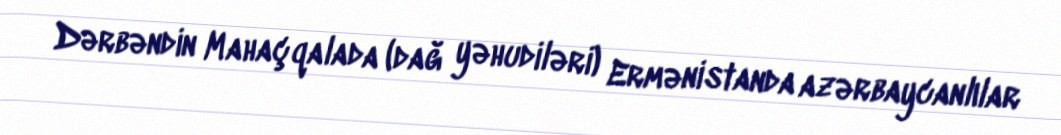
Dərbəndin Mahaçqalada (dağ yəhudiləri) Ermənistanda azərbaycanlılar